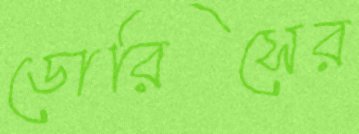
ডোরিসের